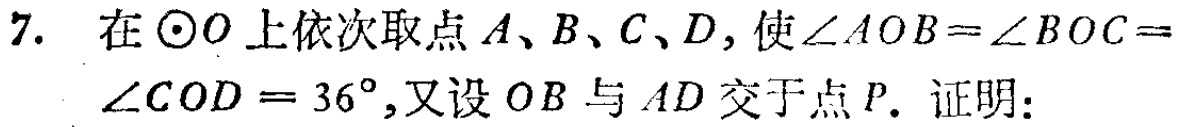
7. 在$\odot O$上依次取点$A、B、C、D$，使$\angle AOB = \angle BOC = \angle COD = 36^{\circ}$，又设$OB$与$AD$交于点$P.$证明：